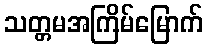
သတ္တမအကြိမ်မြောက်